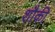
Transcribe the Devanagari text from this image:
शौकी